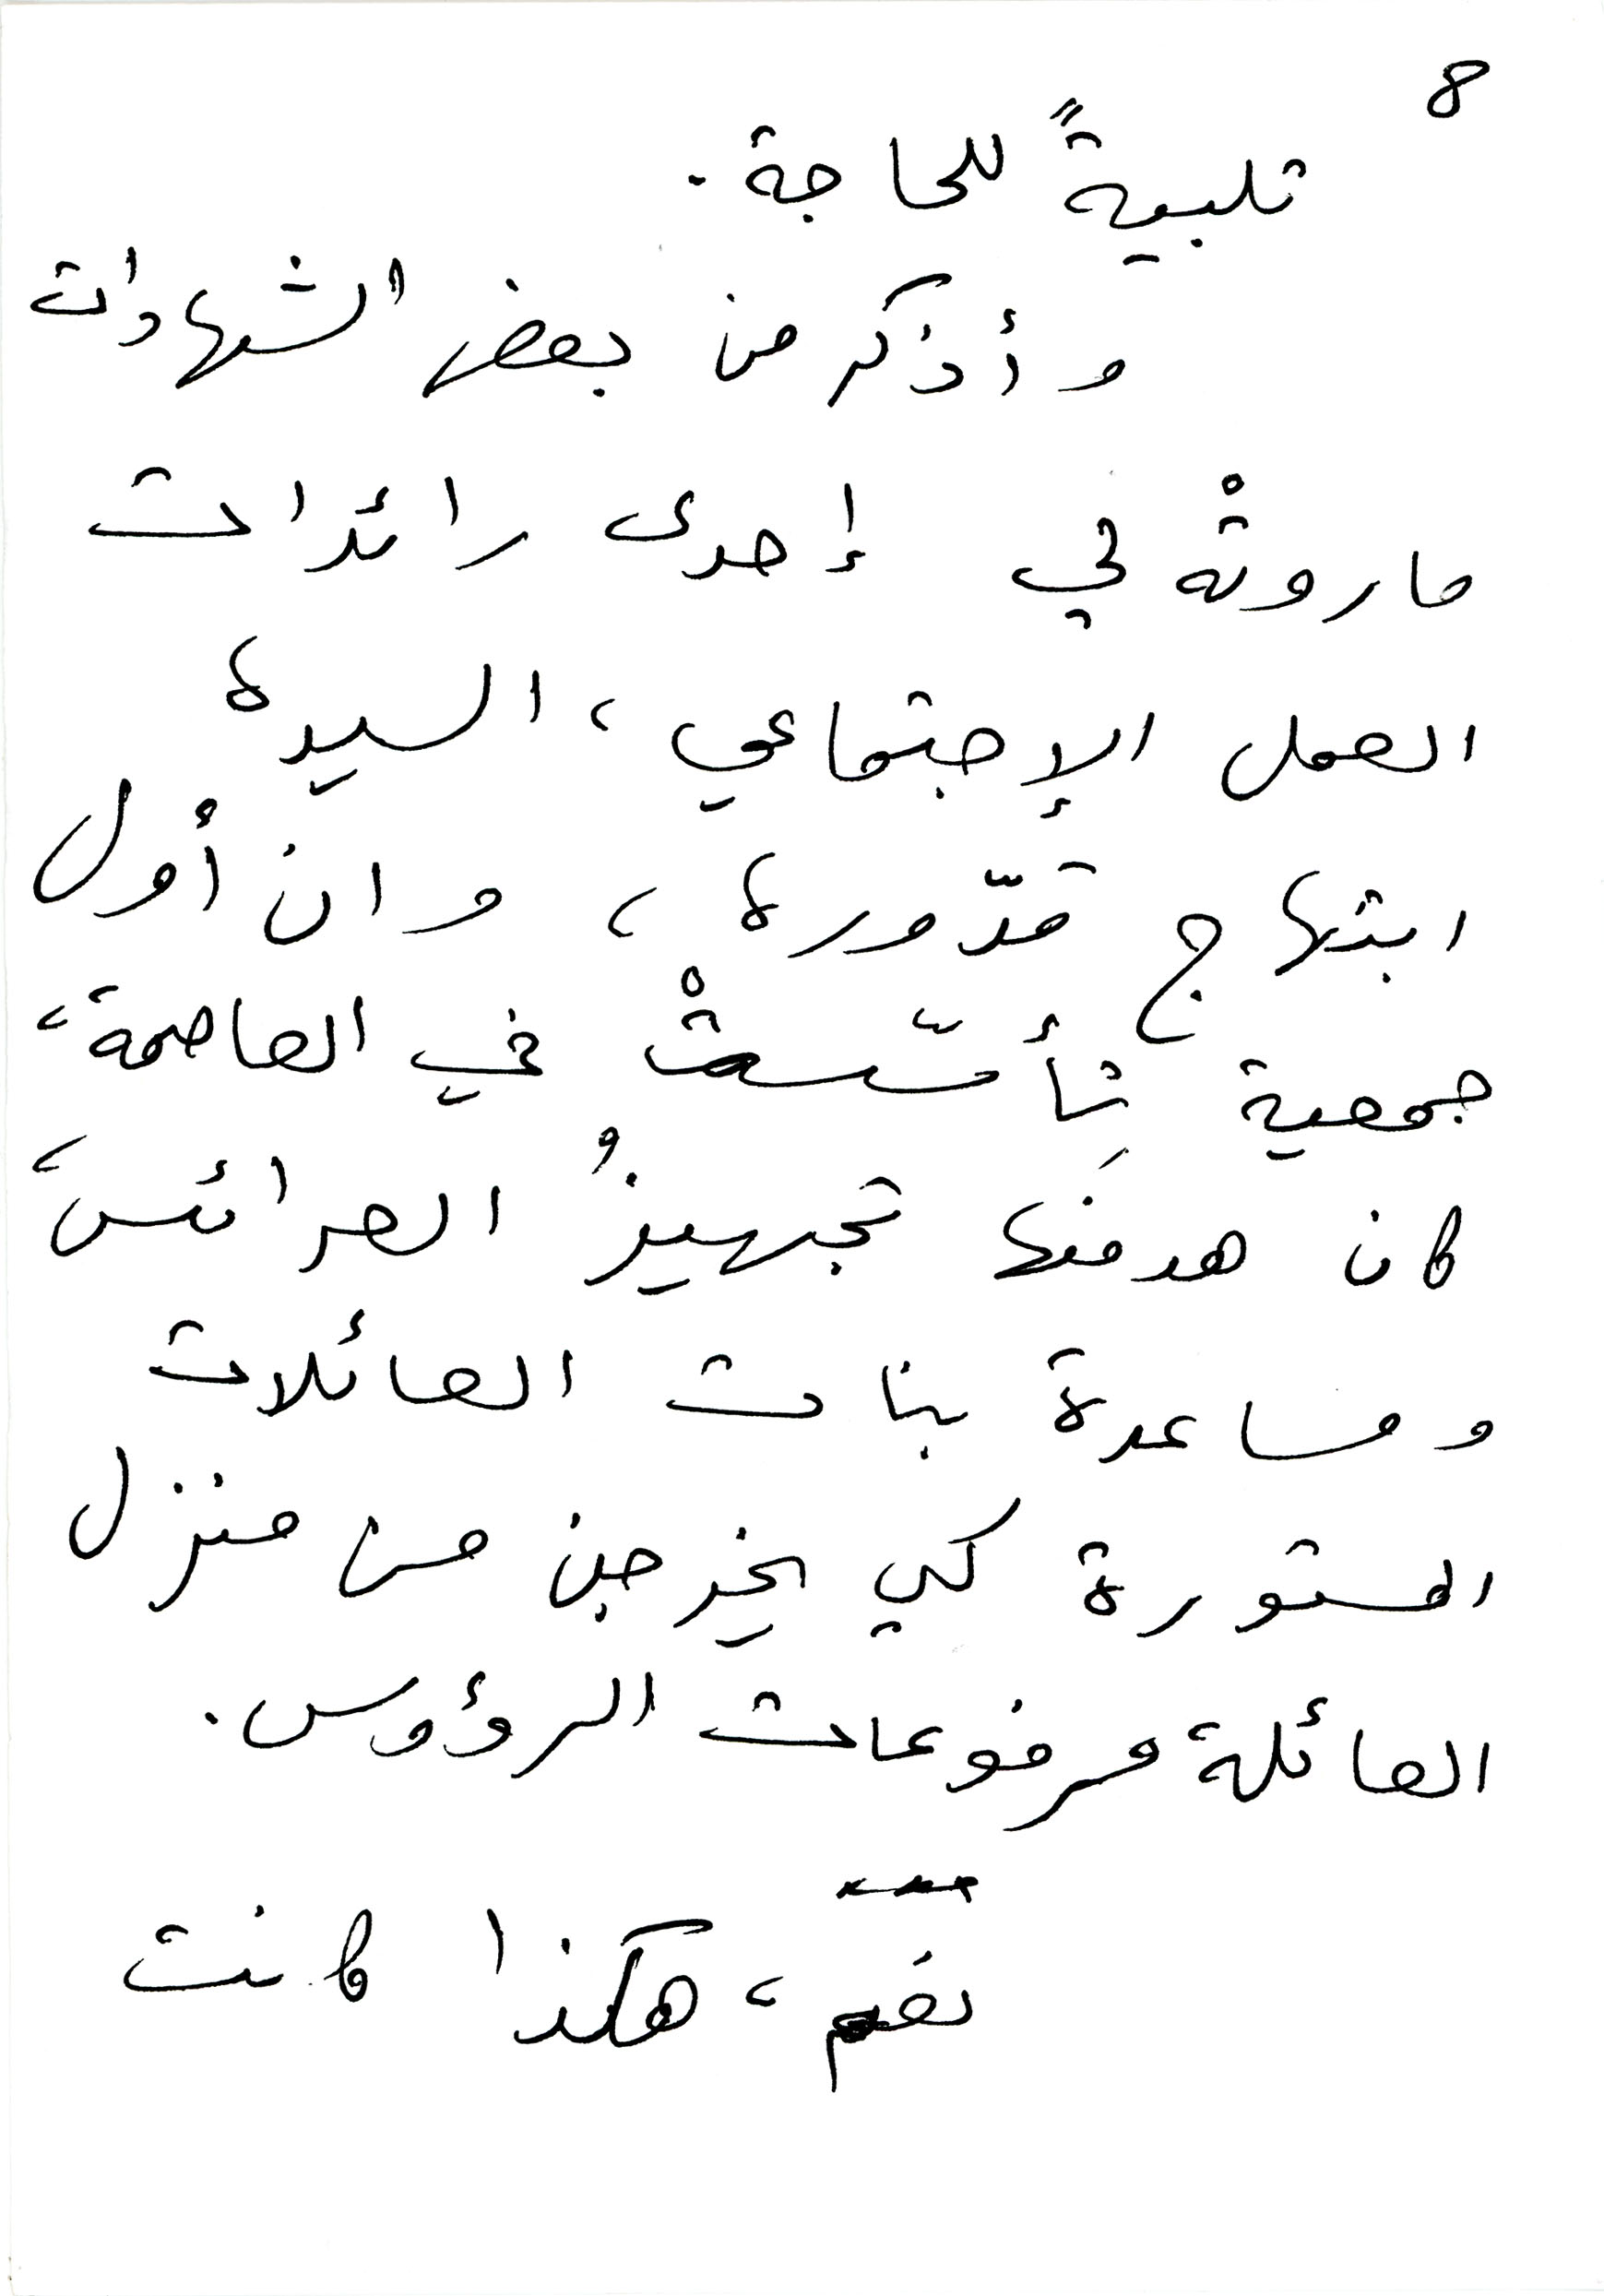
8
تلبيةً للحاجة.
وأذكر من بعض الشهادات
ما روتْه لي إحدى رائدات
العمل الإجتماعي، السيدة
ابتهاج قدّوره، وان أول
جمعية تأسّستْ في العاصمة،
كان هدفَها تجهيزُ العرائس،
ومساعدة بنات العائلات
المستورة كي يخرجن من منزل
العائلة مرفوعات الرؤوس.
نعم، هكذا كانت